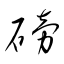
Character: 磅